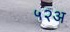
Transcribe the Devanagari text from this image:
५२अ